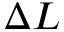
\Delta L